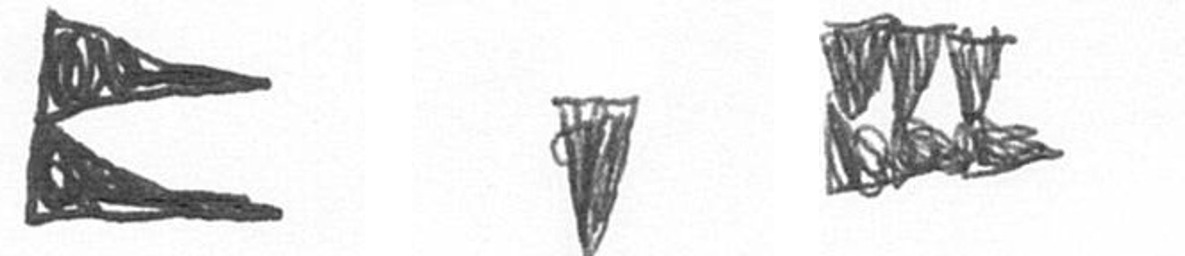
P J D